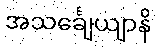
အသင်္ချေယျာနိ